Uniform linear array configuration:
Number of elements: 12
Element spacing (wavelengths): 1
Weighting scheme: hamming
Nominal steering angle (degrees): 0
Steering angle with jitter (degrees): -1.864
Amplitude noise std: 0.05
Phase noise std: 0.05

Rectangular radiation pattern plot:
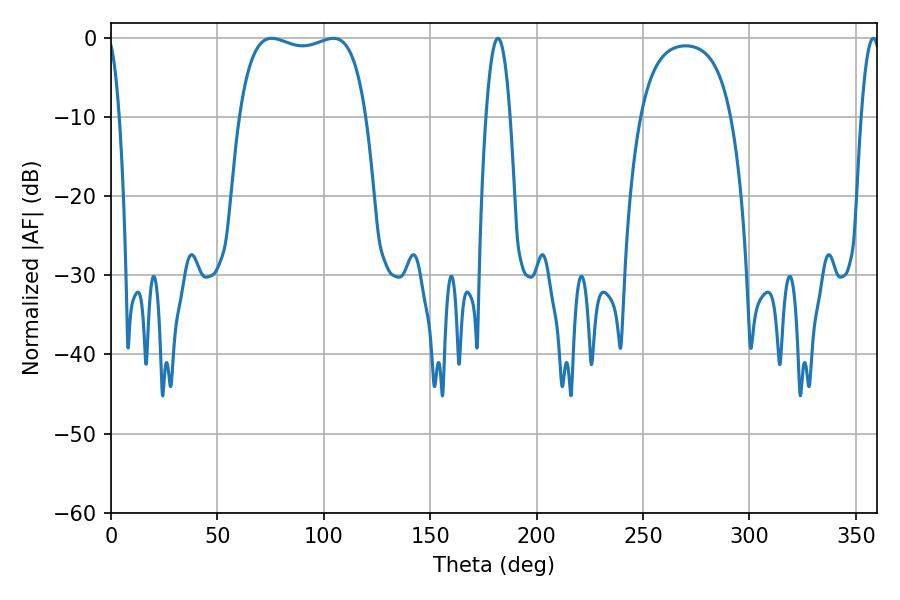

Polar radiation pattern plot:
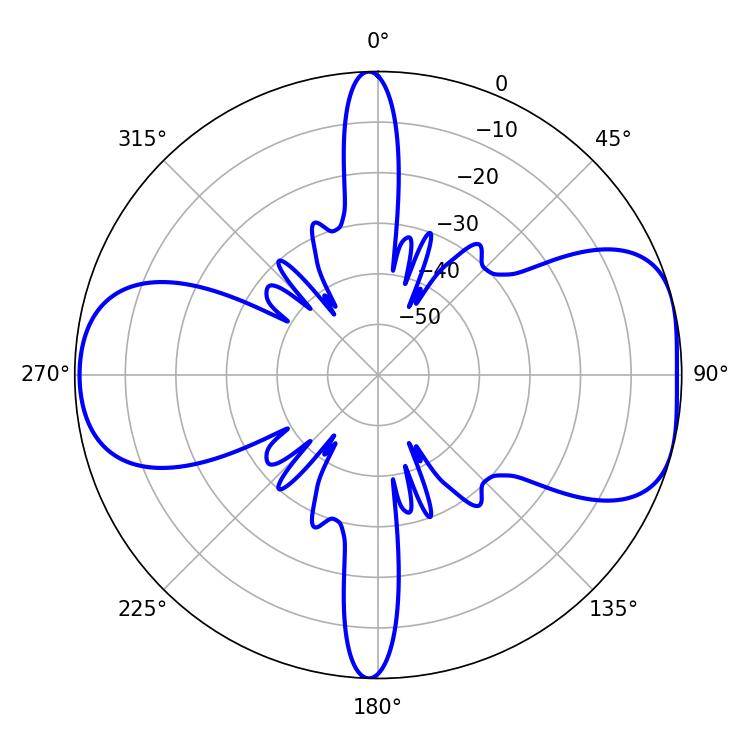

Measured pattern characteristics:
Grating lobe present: TRUE
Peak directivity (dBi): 7.44
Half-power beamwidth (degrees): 48.24
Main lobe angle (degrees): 75.42